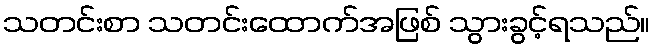
သတင်းစာ သတင်းထောက်အဖြစ် သွားခွင့်ရသည်။